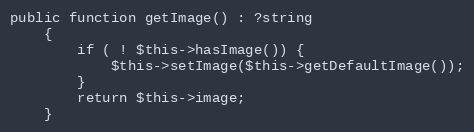
Language: PHP
public function getImage() : ?string
    {
        if ( ! $this->hasImage()) {
            $this->setImage($this->getDefaultImage());
        }
        return $this->image;
    }